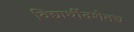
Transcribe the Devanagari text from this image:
विद्यार्थीदशेतच